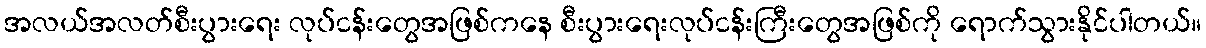
အလယ်အလတ်စီးပွားရေး လုပ်ငန်းတွေအဖြစ်ကနေ စီးပွားရေးလုပ်ငန်းကြီးတွေအဖြစ်ကို ရောက်သွားနိုင်ပါတယ်။